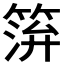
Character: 𥮓